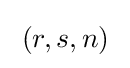
\;(r,s,n)\;